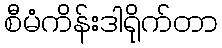
စီမံကိန်းဒါရိုက်တာ